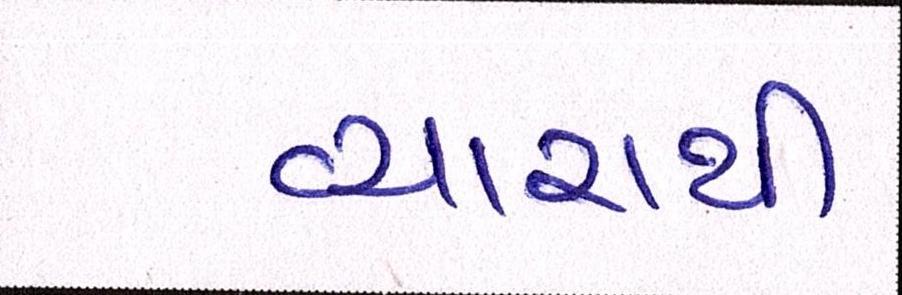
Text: વ્યારાથી